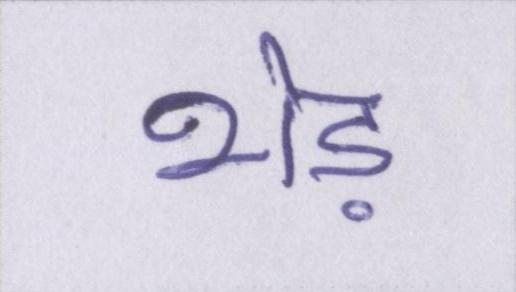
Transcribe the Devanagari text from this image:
भेड़